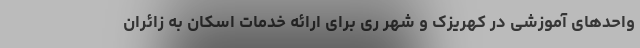
واحدهای آموزشی در کهریزک و شهر ری برای ارائه خدمات اسکان به زائران